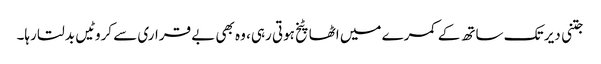
جتنی دیر تک ساتھ کے کمرے میں اٹھا پٹخ ہوتی رہی، وہ بھی بے قراری سے کروٹیں بدلتا رہا۔